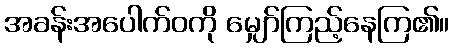
အခန်းအပေါက်ဝကို မျှော်ကြည့်နေကြ၏။